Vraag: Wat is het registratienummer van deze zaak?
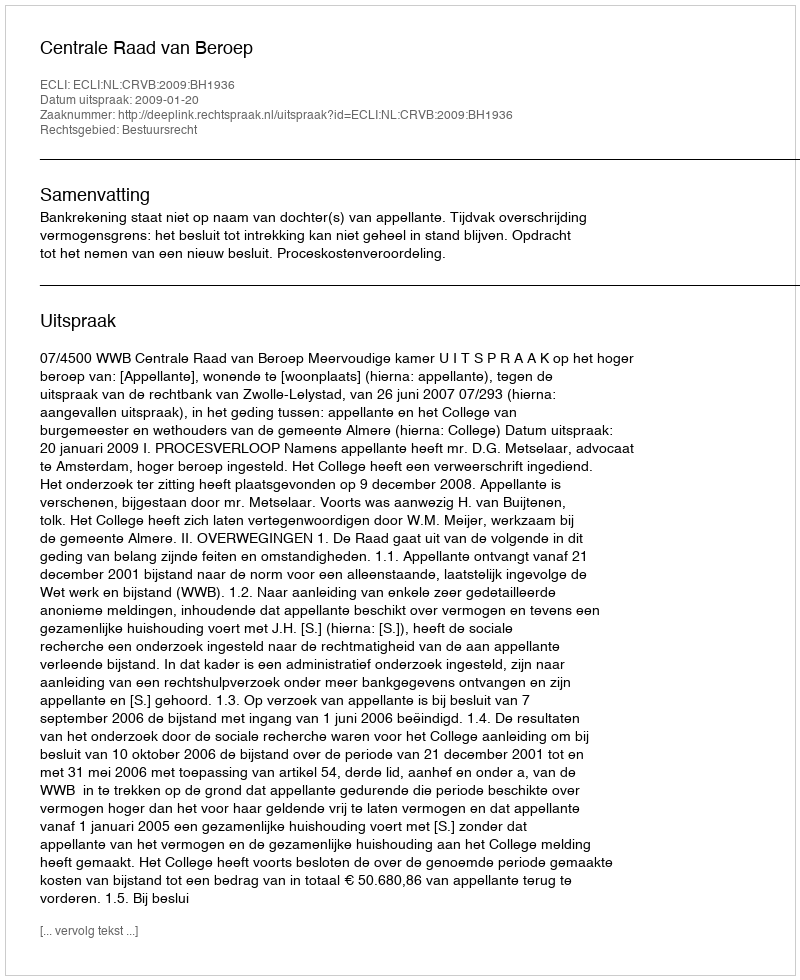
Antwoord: http://deeplink.rechtspraak.nl/uitspraak?id=ECLI:NL:CRVB:2009:BH1936